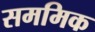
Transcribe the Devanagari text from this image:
सममिक